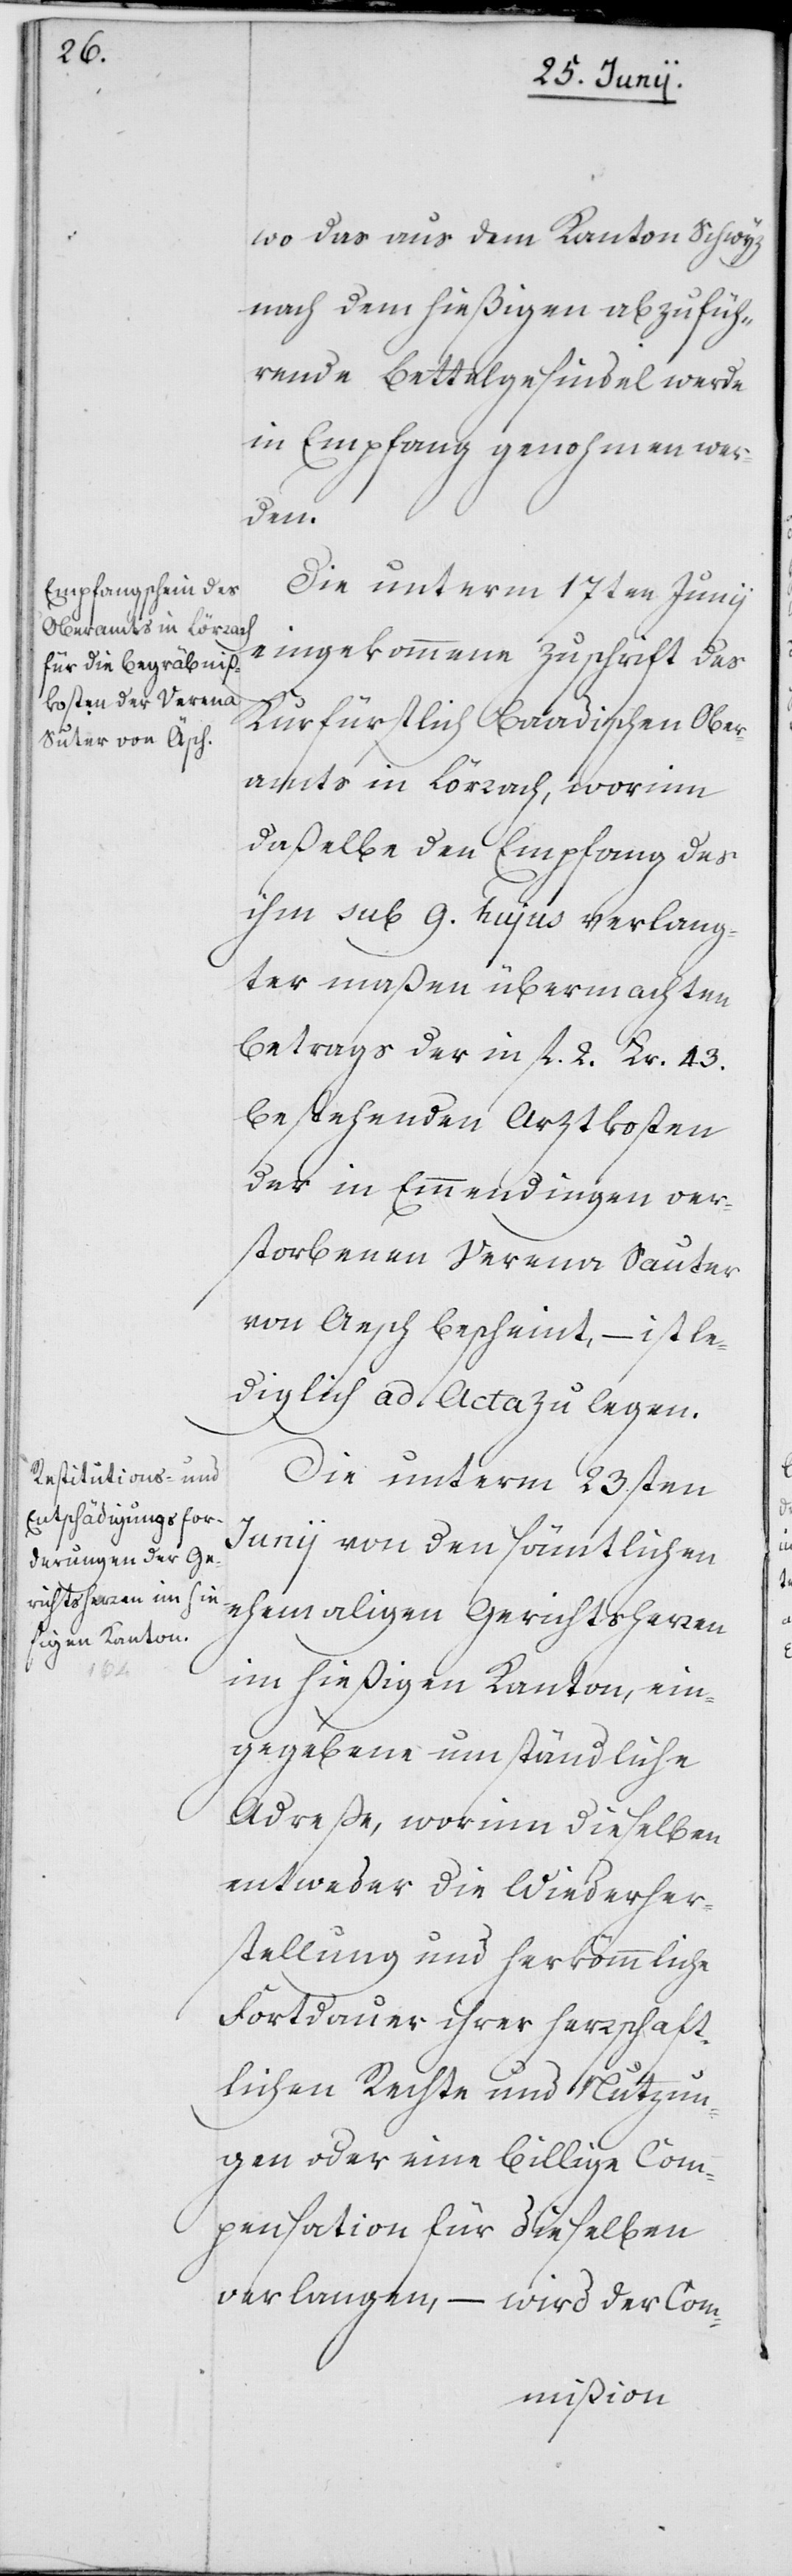
wo das aus dem Kanton Schwyz
nach dem hießigen abzufüh¬
rende Bettelgesindel werde
in Empfang genohmen wer¬
den.
Die unterm 17ten Junii
eingekommene Zuschrift des
Kurfürstlich Baadischen Ober¬
amts in Lörrach, worinn
daßelbe den Empfang des
ihm sub 9. hujus verlang¬
ter maßen übermachten
Betrags der in fl. 2. Kr. 43.
bestehenden Arztkosten
der in Emmendingen ver¬
storbenen Verena Sauter
von Aesch bescheint, – ist le¬
diglich ad Acta zu legen.
Die unterm 23sten
Junii von den sämtlichen
ehemaligen Gerichtsherren
im hießigen Kanton, ein¬
gegebene umständliche
Adreße, worinn dieselben
entweder die Wiederher¬
stellung und herkömmliche
Fortdauer ihrer herrschaft¬
lichen Rechte und Nutzun¬
gen oder eine billige Com¬
pensation für dieselben
verlangen, – wird der Com-